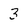
Character: 3